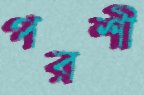
পরশী